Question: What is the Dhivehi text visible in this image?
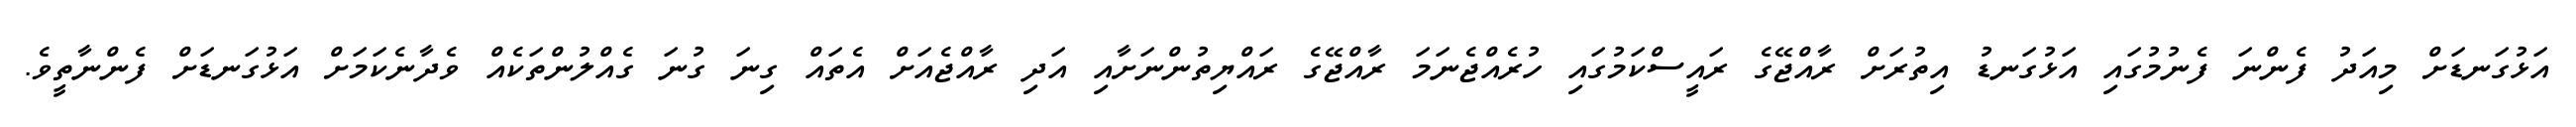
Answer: އަޅުގަނޑަށް މިއަދު ފެންނަ ފެނުމުގައި އަޅުގަނޑު އިތުރަށް ރާއްޖޭގެ ރައީސްކަމުގައި ހުރެއްޖެނަމަ ރާއްޖޭގެ ރައްޔިތުންނަށާއި އަދި ރާއްޖެއަށް އެތައް ގިނަ ގުނަ ގެއްލުންތަކެއް ވެދާނެކަމަށް އަޅުގަނޑަށް ފެންނާތީވެ.